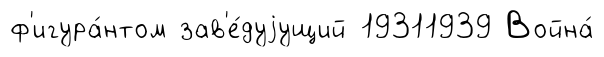
ф'игура́нтом зав'е́дуjущий 19311939 Война́